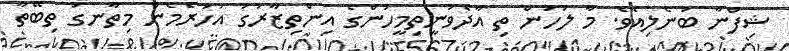
ޝިފްނާ ބުނެލިއެވެ. މާ ލަހުން ތި އާދެވުނީތިމީހުންގެ އިންތިޒާރުގަ އަހަރެމެން މިތާނގަ ތިބޭތާ